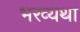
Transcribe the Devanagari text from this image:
भरव्यथा